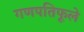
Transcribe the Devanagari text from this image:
गणपतिफूले